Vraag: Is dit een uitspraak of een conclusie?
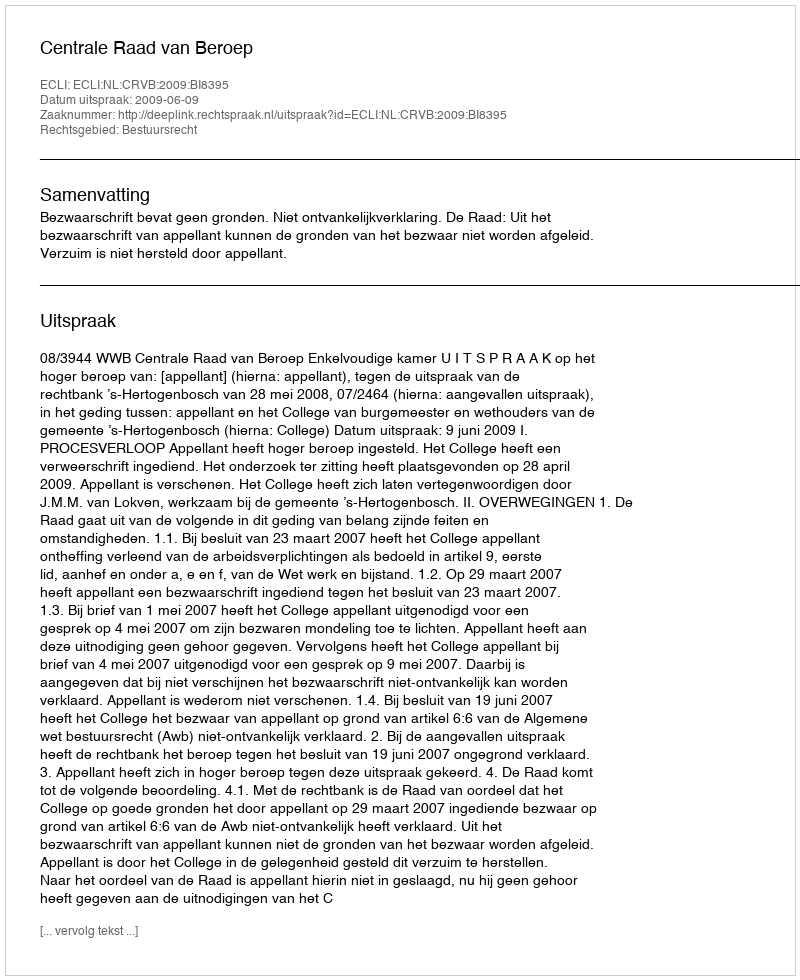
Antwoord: Uitspraak